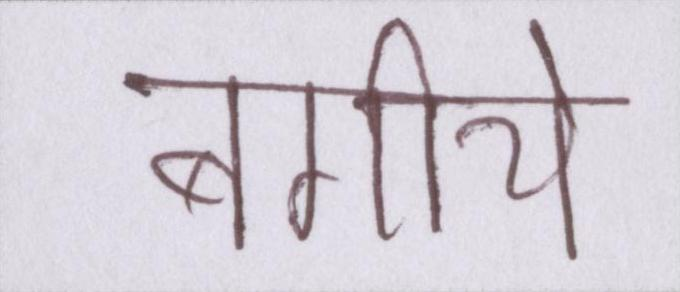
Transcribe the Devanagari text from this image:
बगीचे